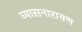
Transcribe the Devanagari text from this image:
व्यासनारायण